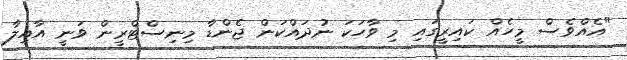
"އެއްވެސް މީހެއް ކައިރީގައި މި ވާހަކަ ނުދައްކަން ޖެންޑާ މިނިސްޓްރީން ވަނީ އާއިލާ